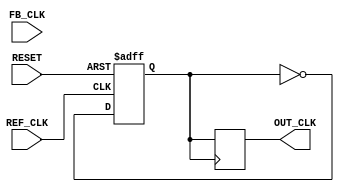
module dual_loop_pll (
    input wire REF_CLK,         // Reference clock input
    input wire FB_CLK,          // Feedback clock input
    output reg OUT_CLK,         // Output clock
    input wire RESET            // Reset signal
);

// PFD signals
reg UP, DOWN;
reg last_ref_clk, last_fb_clk;

// Charge Pump signals
reg [7:0] charge_pump_output; // Control voltage from charge pump

// Loop filter signals
reg [7:0] fast_loop_filter;
reg [7:0] slow_loop_filter;
reg [7:0] control_voltage;

// VCO output
reg vco_output;
reg [5:0] vco_frequency; // VCO frequency control

// State Machine for PFD
always @(posedge REF_CLK or posedge RESET) begin
    if (RESET) begin
        UP <= 0;
        DOWN <= 0;
        last_ref_clk <= 0;
        last_fb_clk <= 0;
    end else begin
        last_ref_clk <= REF_CLK;
        last_fb_clk <= FB_CLK;

        // PFD logic
        if (last_ref_clk && !REF_CLK) begin
            if (!last_fb_clk) UP <= 1; // REF_CLK leads FB_CLK
            else UP <= 0; // No pulse
        end else if (last_fb_clk && !FB_CLK) begin
            if (!last_ref_clk) DOWN <= 1; // FB_CLK leads REF_CLK
            else DOWN <= 0; // No pulse
        end
    end
end

// Charge Pump logic
always @(posedge REF_CLK or posedge RESET) begin
    if (RESET) begin
        charge_pump_output <= 0;
    end else begin
        if (UP) charge_pump_output <= charge_pump_output + 1;
        if (DOWN) charge_pump_output <= charge_pump_output - 1;
    end
end

// Loop Filter (Fast and Slow)
always @(posedge REF_CLK or posedge RESET) begin
    if (RESET) begin
        fast_loop_filter <= 0;
        slow_loop_filter <= 0;
    end else begin
        // Fast Loop Filter response
        fast_loop_filter <= charge_pump_output; // Simplified

        // Slow Loop Filter response
        slow_loop_filter <= slow_loop_filter + (charge_pump_output >> 1); // Example smoothing
    end
end

// Control Voltage Calculation
always @(posedge REF_CLK or posedge RESET) begin
    if (RESET) begin
        control_voltage <= 0;
    end else begin
        control_voltage <= fast_loop_filter + slow_loop_filter; // Combine filters
    end
end

// VCO Implementation
always @(posedge REF_CLK or posedge RESET) begin
    if (RESET) begin
        vco_frequency <= 6'b000000; // Initial frequency
        vco_output <= 0;
    end else begin
        // Simplified VCO frequency adjustment
        vco_frequency <= control_voltage[5:0]; // Example mapping
        vco_output <= ~vco_output; // Toggle output clock
    end
end

// Output Clock Generation
always @(posedge vco_output) begin
    OUT_CLK <= vco_output;
end

endmodule